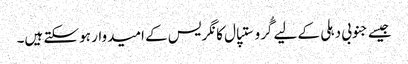
جیسے جنوبی دہلی کے لیے گُرو ستپال کانگریس کے امیدوار ہو سکتے ہیں۔